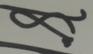
Signature authenticity: genuine